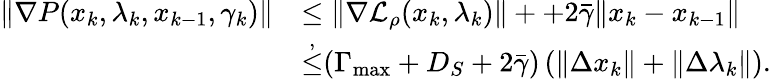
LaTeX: \begin{array}{rl}{\| \nabla{P}(x_{k},\lambda_{k},x_{k-1},\gamma_{k})\| }&{\leq\| \nabla{\mathcal{L}_{\rho}}(x_{k},\lambda_{k})\| ++2\bar{\gamma}\| x_{k}-x_{k-1}\| }\\ &{{\overset{{,}}{\leq}}(\Gamma_{\mathrm{max}}+D_{S}+2\bar{\gamma})\left(\| \Delta x_{k}\| +\| \Delta\lambda_{k}\| \right).}\end{array}